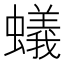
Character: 蟻